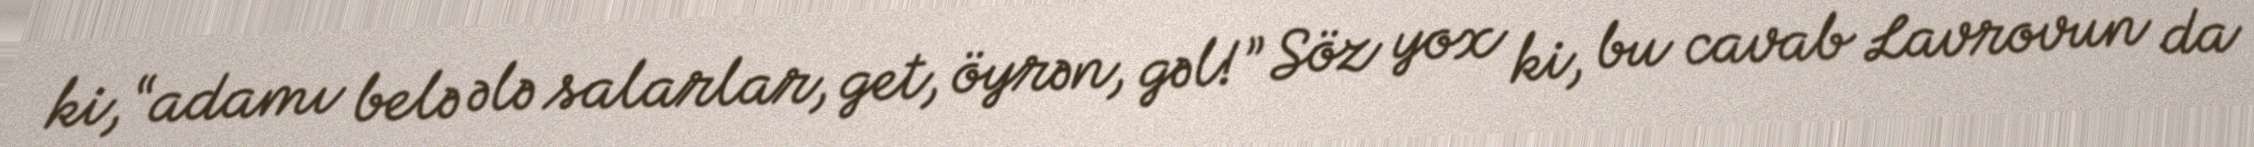
ki, “adamı belə ələ salarlar, get, öyrən, gəl!” Söz yox ki, bu cavab Lavrovun da